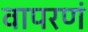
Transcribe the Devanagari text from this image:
वापरणं